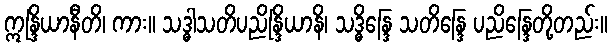
ဣန္ဒြိယာနီတိ၊ ကား။ သဒ္ဓါသတိပညိန္ဒြိယာနိ၊ သဒ္ဓိန္ဒြေ သတိန္ဒြေ ပညိန္ဒြေတို့တည်း။